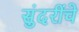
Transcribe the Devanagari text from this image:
सुंदरींचे